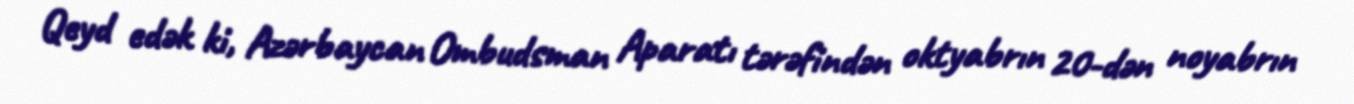
Qeyd edək ki, Azərbaycan Ombudsman Aparatı tərəfindən oktyabrın 20-dən noyabrın